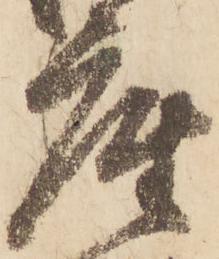
座